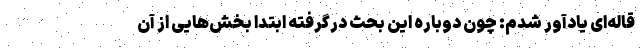
قاله‌ای یادآور شدم: چون دوباره این بحث درگرفته ابتدا بخش‌هایی از آن